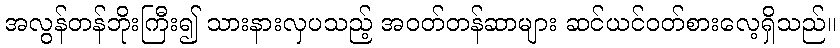
အလွန်တန်ဘိုးကြီး၍ သားနားလှပသည့် အဝတ်တန်ဆာများ ဆင်ယင်ဝတ်စားလေ့ရှိသည်။